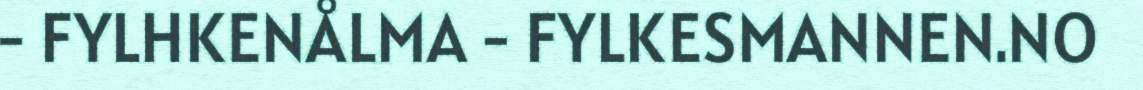
- FYLHKENÅLMA - FYLKESMANNEN.NO